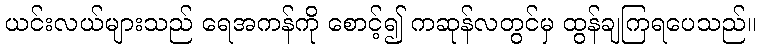
ယင်းလယ်များသည် ရေအကန်ကို စောင့်၍ ကဆုန်လတွင်မှ ထွန်ချကြရပေသည်။